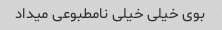
بوی خیلی خیلی نامطبوعی میداد